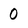
Character: 0